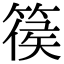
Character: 篌